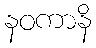
နဝကာနိ